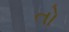
તો